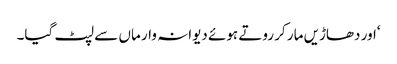
‘اور دھاڑیں مار کر روتے ہوئے دیوانہ وار ماں سے لپٹ گیا۔